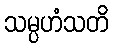
သမ္ပဟံသတိ